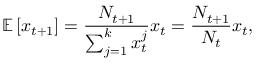
\mathbb E \left[ \boldsymbol { x } _ { t + 1 } \right] = \frac { N _ { t + 1 } } { \sum _ { j = 1 } ^ { k } x _ { t } ^ { j } } \boldsymbol x _ { t } = \frac { N _ { t + 1 } } { N _ { t } } \boldsymbol x _ { t } ,